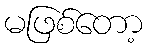
မဖြစ်တော့